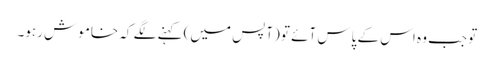
تو جب وہ اس کے پاس آئے تو (آپس میں) کہنے لگے کہ خاموش رہو۔